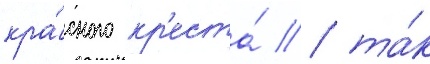
кра́сного кр'еста́ / та́к